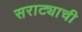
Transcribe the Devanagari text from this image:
सराट्याची